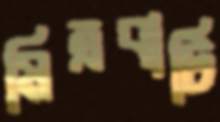
মিত্রবাটি